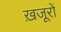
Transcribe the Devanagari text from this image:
ख़जूरों